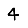
Digit: 4